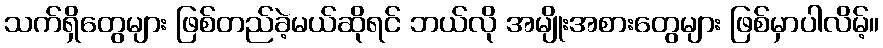
သက်ရှိတွေများ ဖြစ်တည်ခဲ့မယ်ဆိုရင် ဘယ်လို အမျိုးအစားတွေများ ဖြစ်မှာပါလိမ့်။